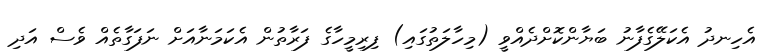
އެހިނދު އެކަލޭގެފާނު ބަޔާންކޮށްދެއްވީ (މިހާލަތުގައި) ފިރިމީހާގެ ފަރާތުން އެކަމަނާއަށް ނަފަގާތެއް ވެސް އަދި